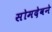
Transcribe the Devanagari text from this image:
सोमदेवने